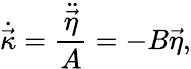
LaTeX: \dot{\vec{\kappa}}=\frac{\ddot{\vec{\eta}}}{A}=-B\vec{\eta},